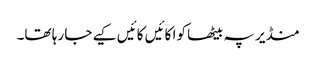
منڈیر پہ بیٹھا کوا کائیں کائیں کیے جا رہا تھا۔